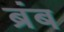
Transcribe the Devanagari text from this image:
ब्रंब